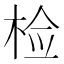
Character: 检